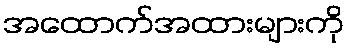
အထောက်အထားများကို